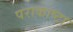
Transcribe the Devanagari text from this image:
पराकाष्टा